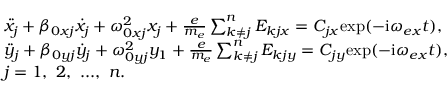
\begin{array} { r l } & { \ddot { x } _ { j } + \beta _ { 0 x j } \dot { x } _ { j } + \omega _ { 0 x j } ^ { 2 } x _ { j } + \frac { e } { m _ { e } } \sum _ { k \neq j } ^ { n } E _ { k j x } = C _ { j x } \mathrm { e x p } ( - \mathrm { i } \omega _ { e x } t ) , } \\ & { \ddot { y } _ { j } + \beta _ { 0 y j } \dot { y } _ { j } + \omega _ { 0 y j } ^ { 2 } y _ { 1 } + \frac { e } { m _ { e } } \sum _ { k \neq j } ^ { n } E _ { k j y } = C _ { j y } \mathrm { e x p } ( - \mathrm { i } \omega _ { e x } t ) , } \\ & { j = 1 , ~ 2 , ~ . . . , ~ n . } \end{array}